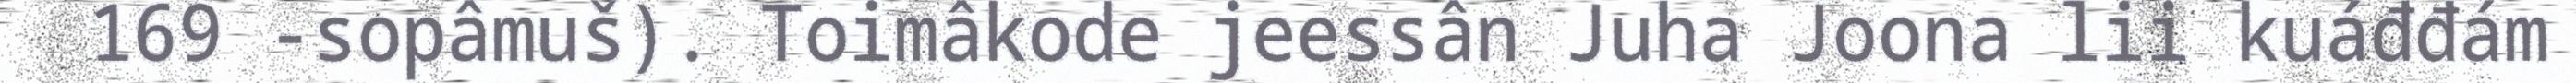
169 -sopâmuš). Toimâkode jeessân Juha Joona lii kuáđđám